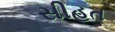
સીહત